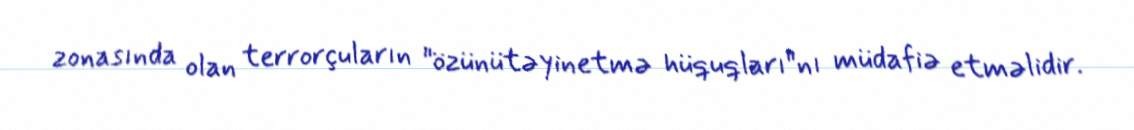
zonasında olan terrorçuların "özünütəyinetmə hüquqları"nı müdafiə etməlidir.